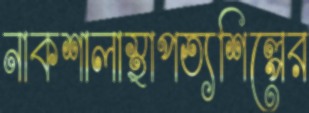
নাকশালাস্থাপত্যশিল্পের